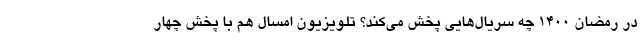
در رمضان ۱۴۰۰ چه سریال‌هایی پخش می‌کند؟ تلویزیون امسال هم با پخش چهار